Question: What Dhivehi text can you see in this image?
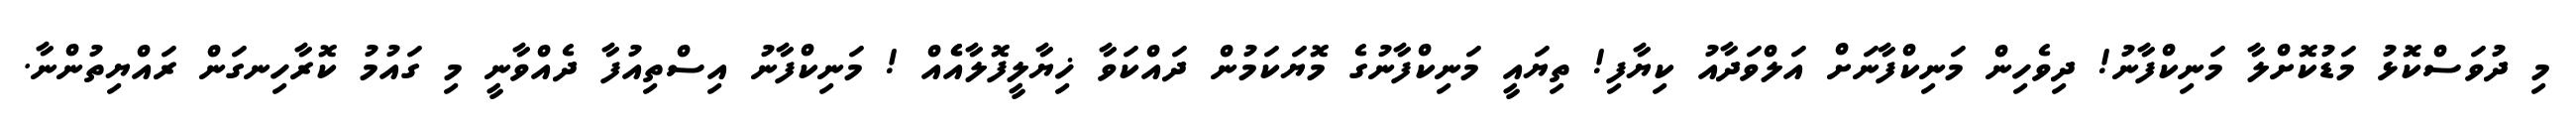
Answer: މި ދުވަސްކޮޅު މަޑުކޮށްލާ މަނިކްފާނު! ދިވެހިން މަނިކްފާނަށް އަލްވަދާއު ކިޔާފި! ތިޔައީ މަނިކްފާނުގެ މޮޔަކަމުން ދައްކަވާ ޚިޔާލީފޮލާއެެއް ! މަނިކްފާނު އިސްތިއުފާ ދެއްވާނީ މި ގައުމު ކޮރާހިނގަން ރައްޔިތުންނާ.